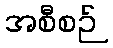
အစီစဉ်